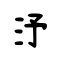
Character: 沀